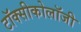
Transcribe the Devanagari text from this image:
टॉक्सीकोलॉजी